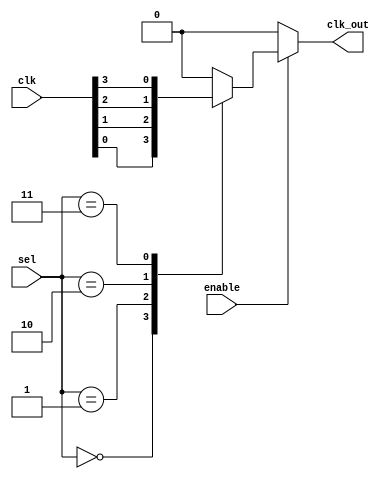
module ClockMultiplexerBuffer #(
    parameter N = 4  // Number of clock inputs
)(
    input wire [N-1:0] clk,       // Clock inputs, e.g., clk[0], clk[1], ..., clk[N-1]
    input wire [N-1:0] sel,       // Selection input (N bits to select one of the N clocks)
    input wire enable,             // Enable signal
    output reg clk_out             // Output clock
);

    always @(*) begin
        if (enable) begin
            case (sel)
                2'b00: clk_out = clk[0];
                2'b01: clk_out = clk[1];
                2'b10: clk_out = clk[2];
                2'b11: clk_out = clk[3];
                default: clk_out = 1'b0; // Fallback case, shouldn't reach here
            endcase
        end else begin
            clk_out = 1'b0; // Hold output low if disabled
        end
    end

endmodule